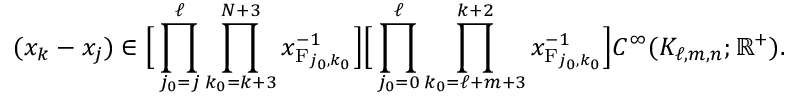
( x _ { k } - x _ { j } ) \in \Big [ \prod _ { j _ { 0 } = j } ^ { \ell } \prod _ { k _ { 0 } = k + 3 } ^ { N + 3 } x _ { \mathrm { F } _ { j _ { 0 } , k _ { 0 } } } ^ { - 1 } \Big ] \Big [ \prod _ { j _ { 0 } = 0 } ^ { \ell } \prod _ { k _ { 0 } = \ell + m + 3 } ^ { k + 2 } x _ { \mathrm { F } _ { j _ { 0 } , k _ { 0 } } } ^ { - 1 } \Big ] C ^ { \infty } ( K _ { \ell , m , n } ; \mathbb { R } ^ { + } ) .